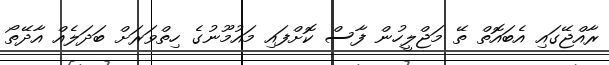
ރާއްޖޭގައި އެބައޮތް ތޭ މަޖްލީހުން ފާސް ކޮށްފައި މައުމޫނުގެ ހިތްވަރަށް ބަދަލެއް އާދޭތޯ